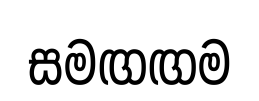
සමඟඟම